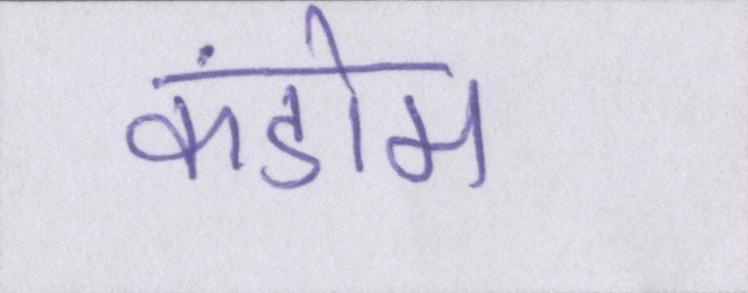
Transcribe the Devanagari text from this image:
कंडोम